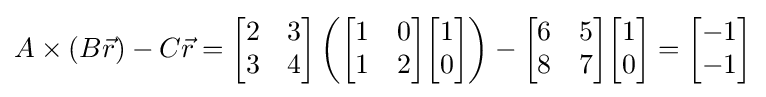
A\times (B{\vec {r}})-C{\vec {r}}={\begin{bmatrix}2&3\\3&4\end{bmatrix}}\left({\begin{bmatrix}1&0\\1&2\end{bmatrix}}{\begin{bmatrix}1\\0\end{bmatrix}}\right)-{\begin{bmatrix}6&5\\8&7\end{bmatrix}}{\begin{bmatrix}1\\0\end{bmatrix}}={\begin{bmatrix}-1\\-1\end{bmatrix}}